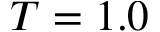
T = 1 . 0